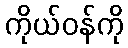
ကိုယ်ဝန်ကို